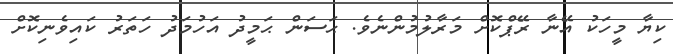
ކިޔާ މީހަކު އޭނާ ރޭޕްކޮށް މަރާލުމުންނެވެ. ޙަސަން ޙަމީދު އަހުމަދު ހަތަރު ކައިވެނިކޮށް